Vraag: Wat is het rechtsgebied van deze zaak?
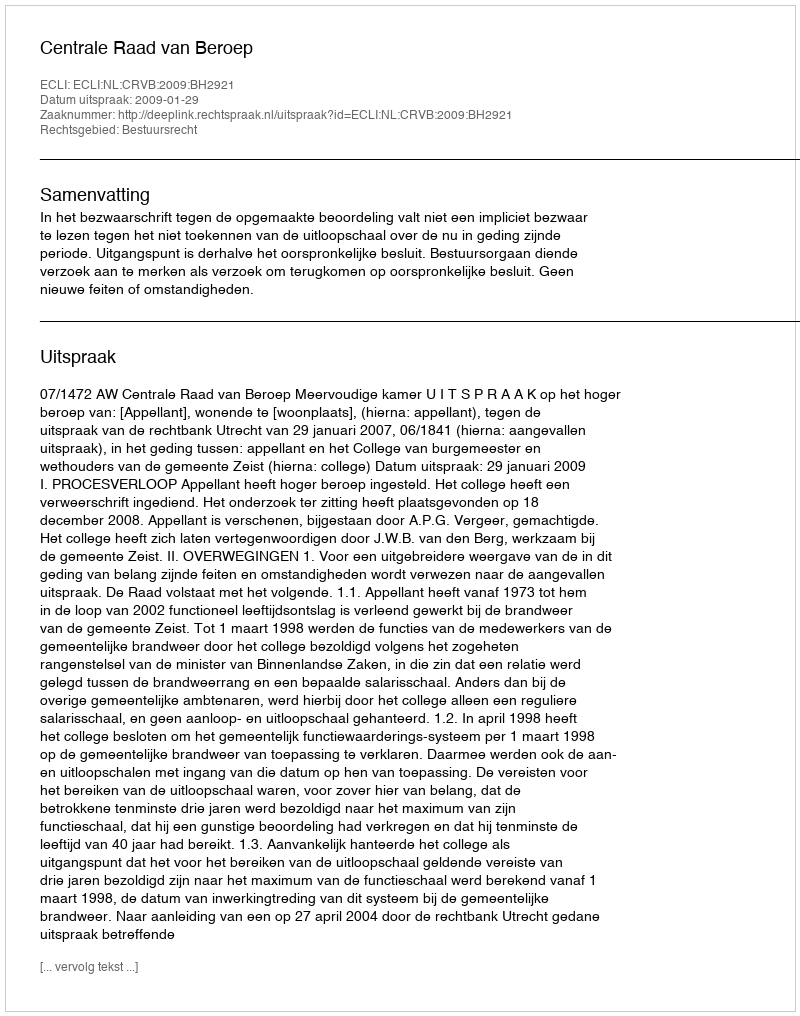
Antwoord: Bestuursrecht